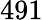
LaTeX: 491